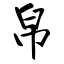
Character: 帛